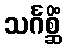
သင်္ဂစ္ဆိံ